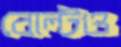
বোল্টও